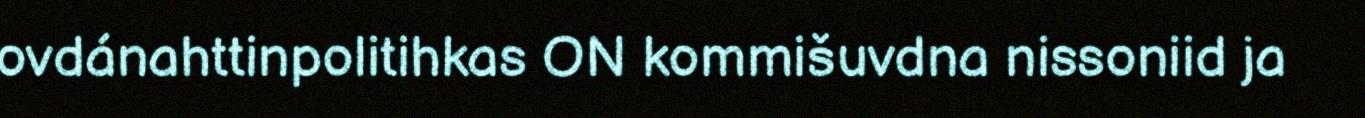
ovdánahttinpolitihkas ON kommišuvdna nissoniid ja